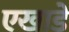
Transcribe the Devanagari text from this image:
एखाडे